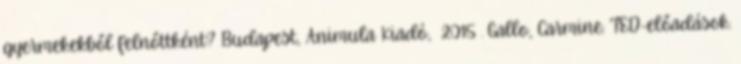
gyermekekből felnőttként? Budapest, Animula Kiadó, 2015 . Gallo, Carmine: TED-előadások.